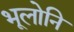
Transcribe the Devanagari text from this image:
भूलोनि